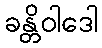
ခန္တိဝါဒေါ